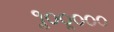
૧ૢ૦૦ૢ૦૦૦